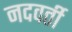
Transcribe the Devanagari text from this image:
नदवर्ती